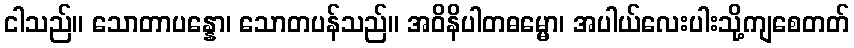
ငါသည်။ သောတာပန္နော၊ သောတပန်သည်။ အဝိနိပါတဓမ္မော၊ အပါယ်လေးပါးသို့ကျစေတတ်